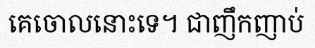
គេចោលនោះទេ។ ជាញឹកញាប់